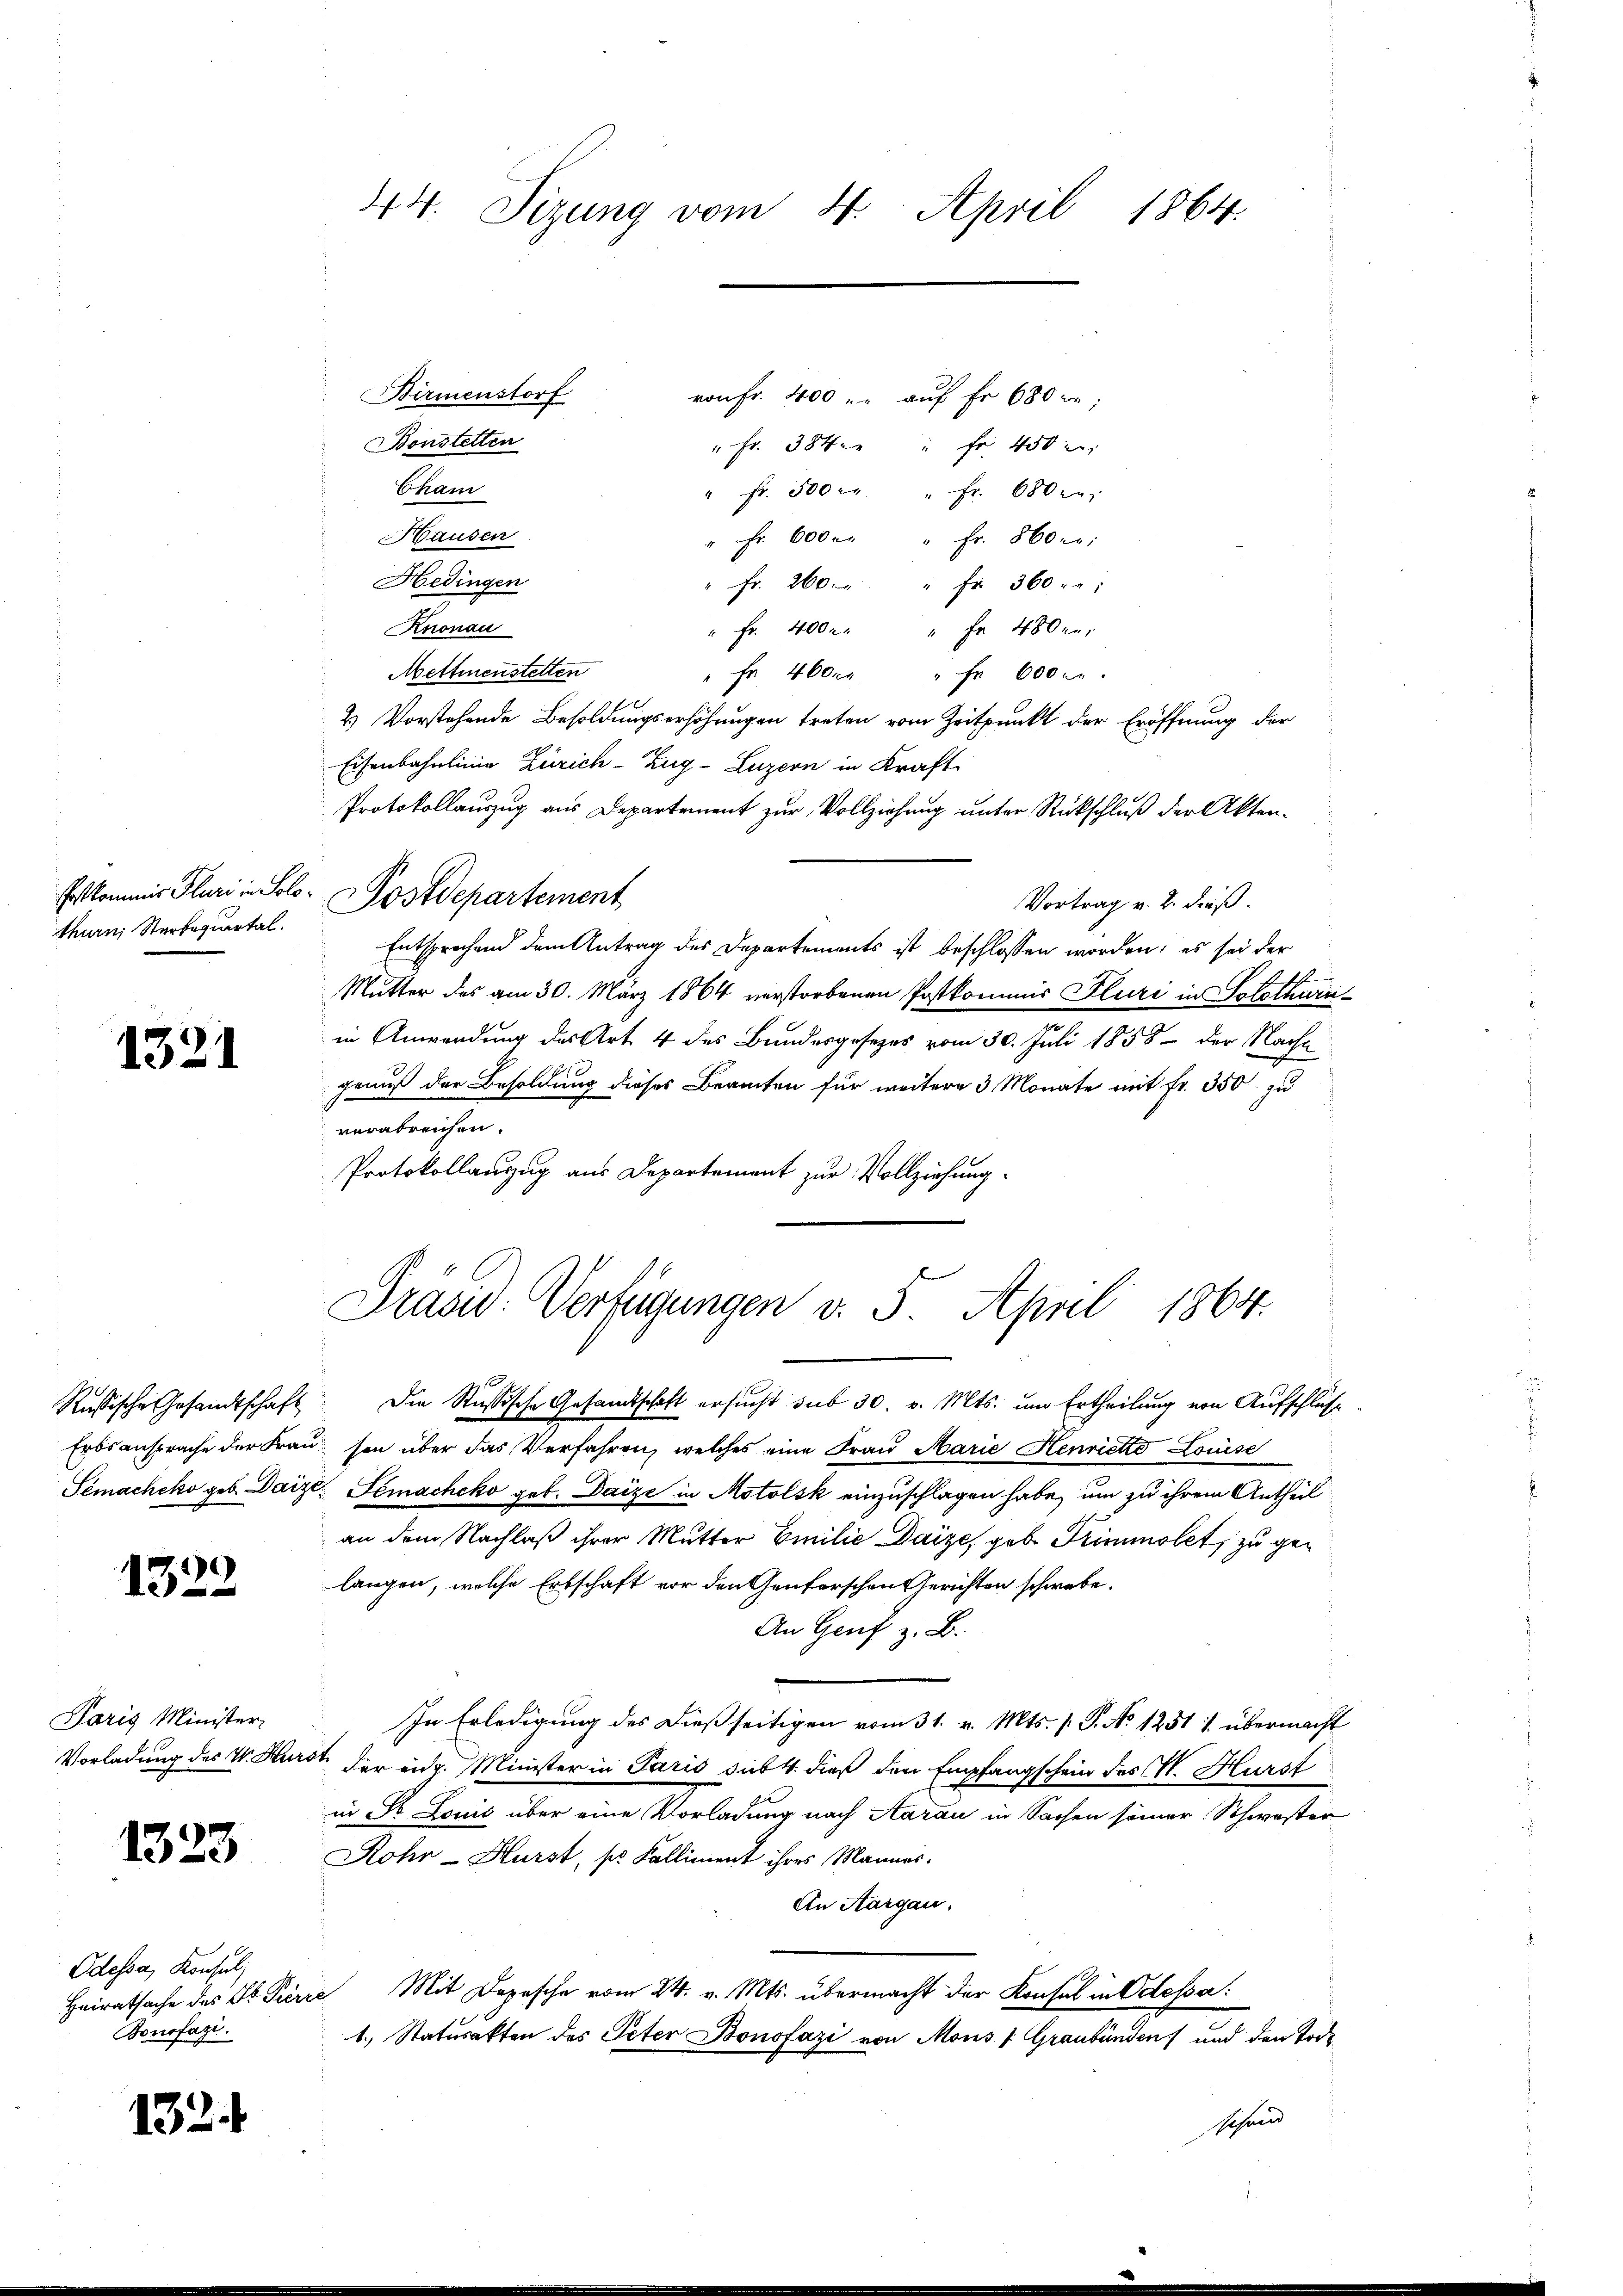
Birmenstorf
von Fr. 400 r. auf Fr. 680 re;
Bonstetten
" Fr. 384. " fr. 450 l.
Cham
" fr. 300 " fr. 680 en
Hausen
" Fr. 600 r. " Fr. 860 er:
Hedingen
Fr. 260. " " fr. 360 :
Knonau
Fr. 400 " " fr. 480 re
Mettmenstetten
" fr. 460. " fr 600. u.
d
2 Vorstehende Besoldungserhöhungen treten vom Zeitpunkt der Eröffnung der
Eisenbahnlinie Zürich–Zug–Luzern in Kraft
Protokollauszug aus Departement zur Vollziehung unter Rückschluß der Akten¬
Erstkommis Fluri in Solo. Postdepartement
Vortrag v. 2. dieß.
thurn, Sterbequartal.
Entsprochend dem Antrag des Departements ist beschlossen worden, es sei der
Mutter des am 30. März 1864 verstorbenen Postkommis Fluri in Solothurnin Anwendung des Art. 4 des Bundesgesetzes vom 30. Juli 1858 - der Nach¬
1321
genuß der Besoldung dieses Beamten für weitere 3 Monate mit fr. 350 zu
verabreichen.
Protokollauszug aus Departement zur Vollziehung

1322

Paris Minister

1323

Odessa, Konsul
Bonofazi.

132.

44. Sizung vom 4. April 1864.

Präsid. Verfügungen v. 5. April 1864.

Russische Gesandtschaft die Stössische Gesandtschaft ersucht sub 30. v. Mts. um Ertheilung von Aufschläf
Erbsansprache der Frau son über das Verfahren, welches eine Frau Marie Henrietto Louise
Semacheko geb. Daize Gemacheko geb. Daize in Motolsk einzuschlagen habe, um zu ihrem Antheil
an dem Nachlaß ihrer Mutter Emilie Daize, geb. Triminolet, zu gelangen, welche Erbschaft vor den Genforschen Gerichten schwebe¬
An Genf z. B.
In Erledigung des dießseitigen vom 31. v. Mts. s. S. No 1251 1 übermacht
Vorladung des V. Kurst, der eidg. Minister in Paris sub 4. dieß den Empfangschein des N. Hürst
in o Louis über eine Vorladung nach Aarau in Sachen seiner Schwester
Rohr-Hürst, so Kalliment ihres Mannes.
An Aargau.
Heiratsache des St. Pierre Mit Depesche vom 24. v. Mts. übermacht der Konsul in Odessa
1.) Statusakten des Peter Bonsfazi von Mons /: Graubünden und den Tode
dehand